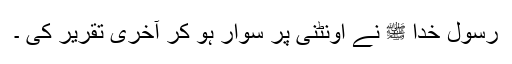
رسول خدا ﷺ نے اونٹنی پر سوار ہو کر آخری تقریر کی ۔